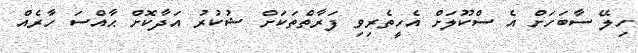
ހިލޭ ސާބަހަށް އެ ސްކޫލަށް އެހީތެރިވި ފަރާތްތަކަށް ޝުކުރު އަދާކޮށް ޙާއްސަ ހާރެއް